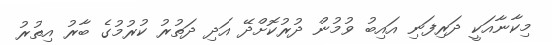
މިކާނާއަކީ ދަރިފަނި އައިބު ވުމުން ދުރުކޮށްދޭ އަދި ދަތުރު ކުރުމުގެ ބާރު އިތުރު